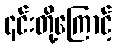
၎င်းတို့ကြောင့်